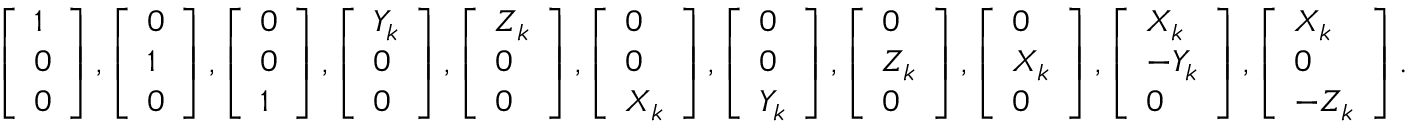
\begin{array} { r l } & { \left[ \begin{array} { l } { 1 } \\ { 0 } \\ { 0 } \end{array} \right] , \left[ \begin{array} { l } { 0 } \\ { 1 } \\ { 0 } \end{array} \right] , \left[ \begin{array} { l } { 0 } \\ { 0 } \\ { 1 } \end{array} \right] , \left[ \begin{array} { l } { Y _ { k } } \\ { 0 } \\ { 0 } \end{array} \right] , \left[ \begin{array} { l } { Z _ { k } } \\ { 0 } \\ { 0 } \end{array} \right] , \left[ \begin{array} { l } { 0 } \\ { 0 } \\ { X _ { k } } \end{array} \right] , \left[ \begin{array} { l } { 0 } \\ { 0 } \\ { Y _ { k } } \end{array} \right] , \left[ \begin{array} { l } { 0 } \\ { Z _ { k } } \\ { 0 } \end{array} \right] , \left[ \begin{array} { l } { 0 } \\ { X _ { k } } \\ { 0 } \end{array} \right] , \left[ \begin{array} { l } { X _ { k } } \\ { - Y _ { k } } \\ { 0 } \end{array} \right] , \left[ \begin{array} { l } { X _ { k } } \\ { 0 } \\ { - Z _ { k } } \end{array} \right] . } \end{array}